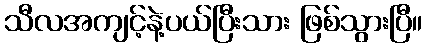
သီလအကျင့်နဲ့ပယ်ပြီးသား ဖြစ်သွားပြီ။